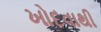
ખોદવાથી